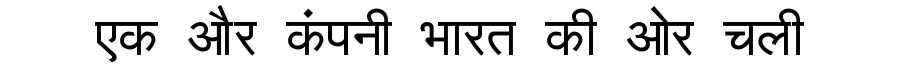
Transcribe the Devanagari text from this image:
एक और कंपनी भारत की ओर चली